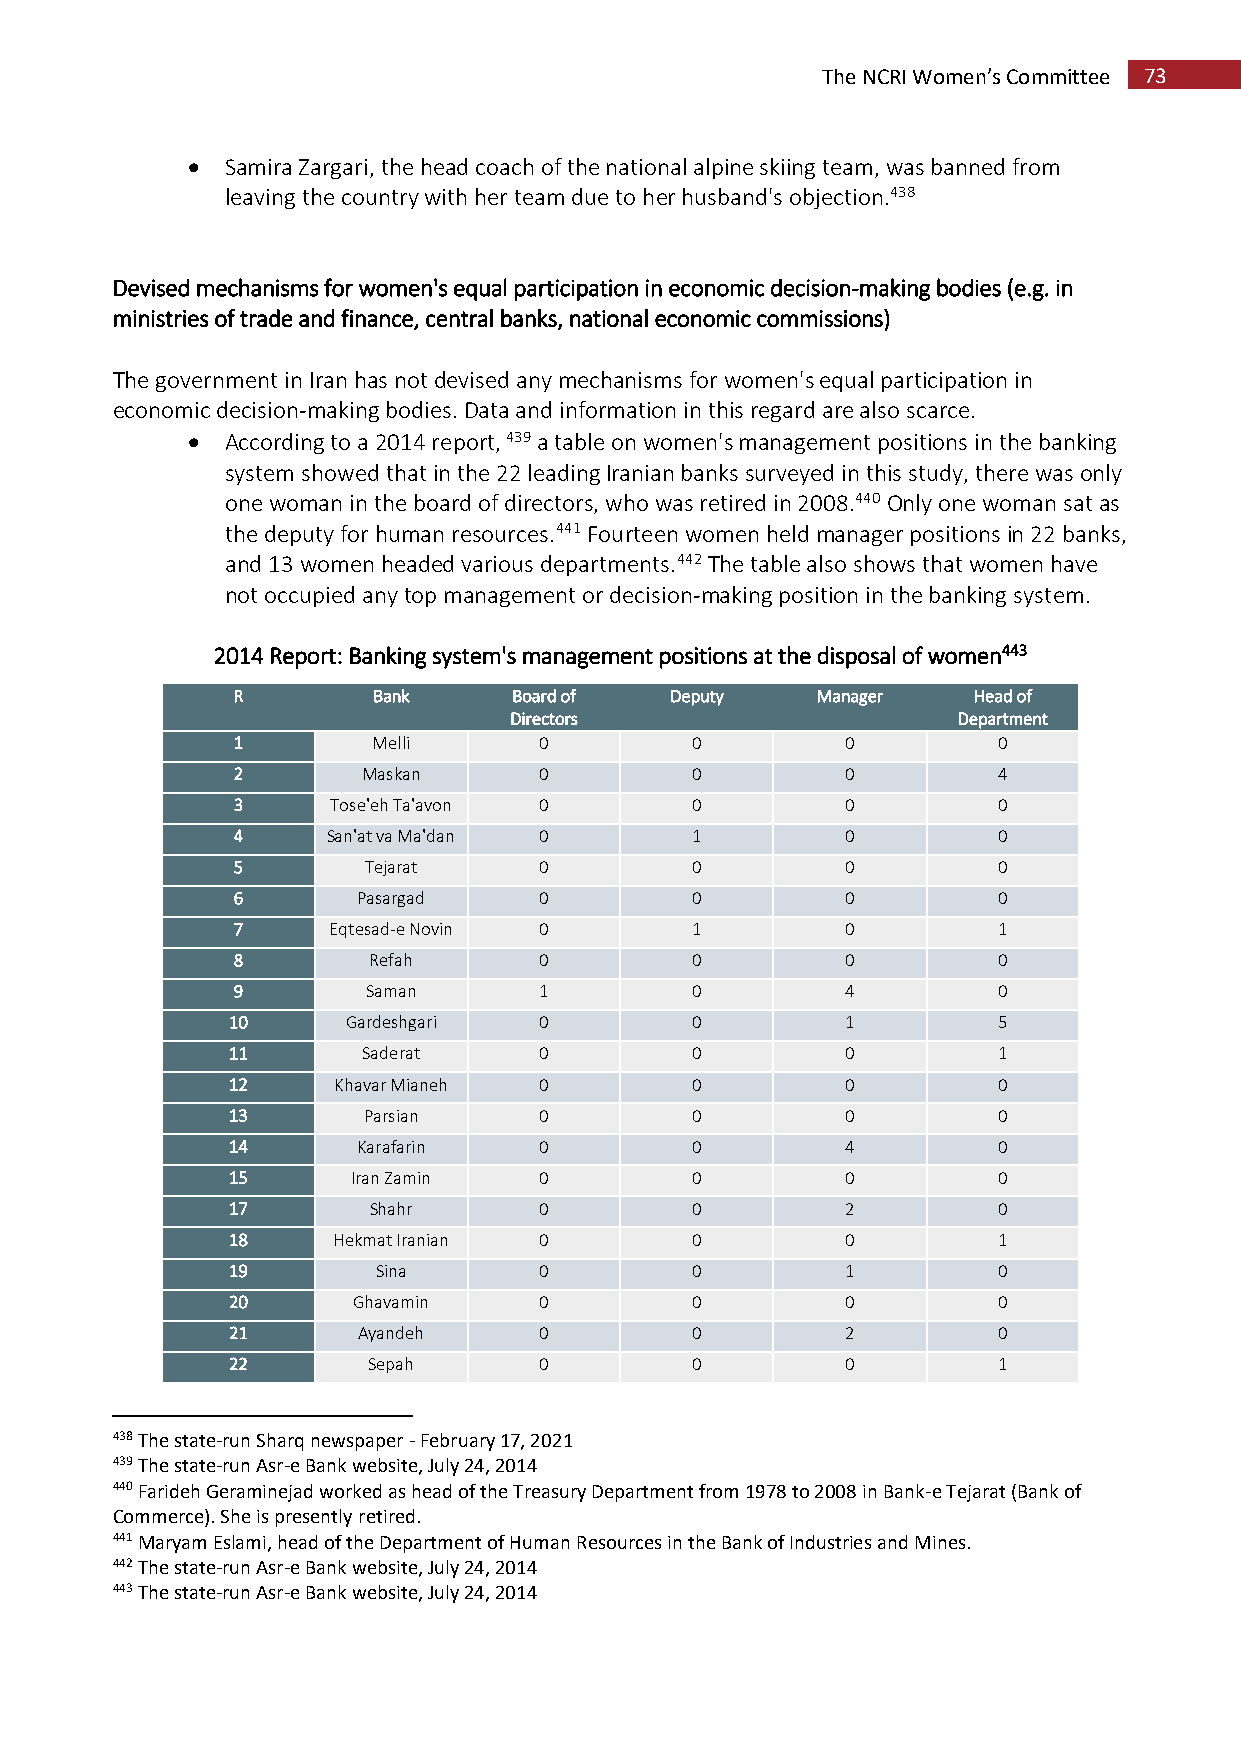
The NCRI Women’s Committee 73
   Samira Zargari, the head coach of the national alpine skiing team, was banned from
 leaving the country with her team due to her husband's objection.438
 Devised mechanisms for women's equal participation in economic decision-making bodies (e.g. in
 ministries of trade and finance, central banks, national economic commissions)
 The government in Iran has not devised any mechanisms for women's equal participation in
 economic decision-making bodies. Data and information in this regard are also scarce.
   According to a 2014 report, 439 a table on women's management positions in the banking
 system showed that in the 22 leading Iranian banks surveyed in this study, there was only
 one woman in the board of directors, who was retired in 2008.440 Only one woman sat as
 the deputy for human resources.441 Fourteen women held manager positions in 22 banks,
 and 13 women headed various departments.442 The table also shows that women have
 not occupied any top management or decision-making position in the banking system.
 2014 Report: Banking system's management positions at the disposal of women443
 R         Bank     Board of  Deputy    Manager   Head of
 Directors                    Department
 1         Melli      0         0         0         0
 2        Maskan      0         0         0         4
 3      Tose'eh Ta'avon 0       0         0         0
 4      San'at va Ma'dan 0      1         0         0
 5        Tejarat     0         0         0         0
 6        Pasargad    0         0         0         0
 7      Eqtesad-e Novin 0       1         0         1
 8        Refah       0         0         0         0
 9        Saman       1         0         4         0
 10      Gardeshgari  0         0         1         5
 11       Saderat     0         0         0         1
 12     Khavar Mianeh 0         0         0         0
 13       Parsian     0         0         0         0
 14       Karafarin   0         0         4         0
 15      Iran Zamin   0         0         0         0
 17       Shahr       0         0         2         0
 18     Hekmat Iranian 0        0         0         1
 19        Sina       0         0         1         0
 20      Ghavamin     0         0         0         0
 21       Ayandeh     0         0         2         0
 22       Sepah       0         0         0         1
 438 The state-run Sharq newspaper - February 17, 2021
 439 The state-run Asr-e Bank website, July 24, 2014
 440 Farideh Geraminejad worked as head of the Treasury Department from 1978 to 2008 in Bank-e Tejarat (Bank of
 Commerce). She is presently retired.
 441 Maryam Eslami, head of the Department of Human Resources in the Bank of Industries and Mines.
 442 The state-run Asr-e Bank website, July 24, 2014
 443 The state-run Asr-e Bank website, July 24, 2014